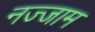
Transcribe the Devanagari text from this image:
नज्जाम